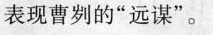
表现曹刿的“远谋”。